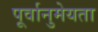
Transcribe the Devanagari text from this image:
पूर्वानुमेयता